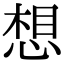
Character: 想